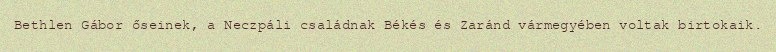
Bethlen Gábor őseinek, a Neczpáli családnak Békés és Zaránd vármegyében voltak birtokaik.